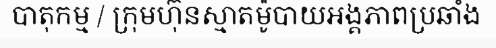
បាតុកម្ម / ក្រុមហ៊ុនស្មាតម៉ូបាយអង្គភាពប្រឆាំង